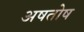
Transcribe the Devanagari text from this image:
अषतोष